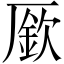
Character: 𠪢